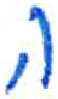
אות: ה